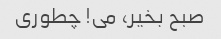
صبح بخیر، می! چطوری